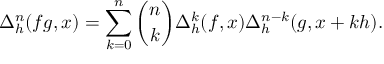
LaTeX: \Delta _ { h } ^ { n } ( f g , x ) = \sum _ { k = 0 } ^ { n } { \binom { n } { k } } \Delta _ { h } ^ { k } ( f , x ) \Delta _ { h } ^ { n - k } ( g , x + k h ) .